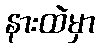
နားထဲမှာ